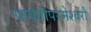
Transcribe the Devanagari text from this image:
पार्वतीपरमेश्वरौ